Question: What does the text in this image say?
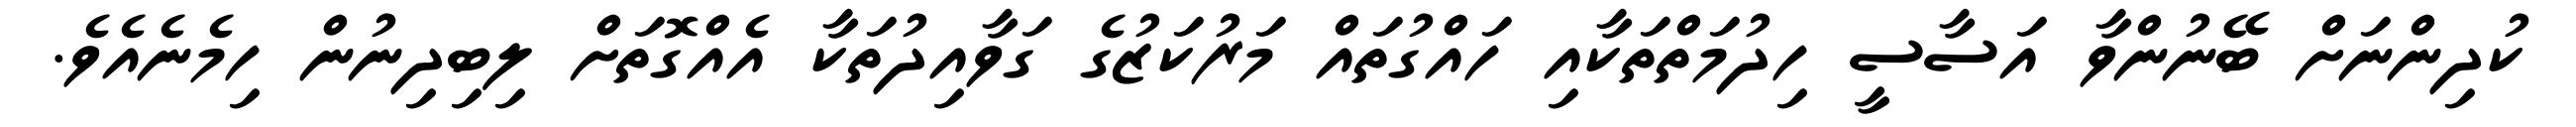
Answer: ކުދިންނަށް ބޭނުންވާ އަސާސީ ހިދުމަތްތަކާއި ހައްގުތައް މަރުކަޒުގެ ގަވާއިދުތަކާ އެއްގޮތަށް ލިބިދިނުން ހިމެނެއެވެ.